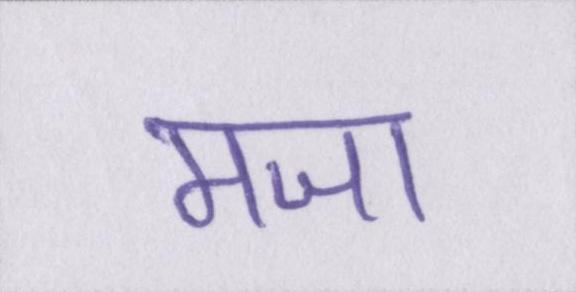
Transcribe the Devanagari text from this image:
मजा